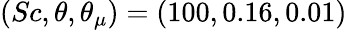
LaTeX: (Sc,\theta,\theta_{\mu})=(100,0.16,0.01)